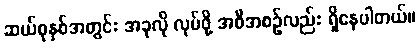
ဆယ်စုနှစ်အတွင်း အခုလို လုပ်ဖို့ အစီအစဉ်လည်း ရှိနေပါတယ်။